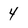
Character: 4